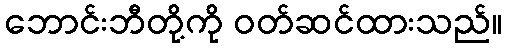
ဘောင်းဘီတို့ကို ဝတ်ဆင်ထားသည်။